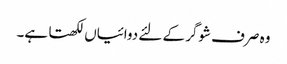
وہ صرف شوگر کے لئے دوائیاں لکھتا ہے۔